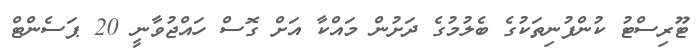
ޓޫރިސްޓު ކުންފުނިތަކުގެ ބެލުމުގެ ދަށުން މައްކާ އަށް ގޮސް ހައްޖުވާނީ 20 ޕަސެންޓް